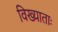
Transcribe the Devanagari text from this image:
विख्याताः